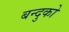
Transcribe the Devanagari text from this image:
बन्दुको